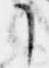
了